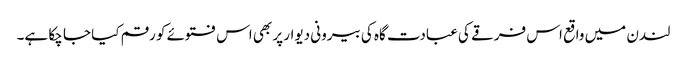
لندن میں واقع اس فرقے کی عبادت گاہ کی بیرونی دیوار پر بھی اس فتوئے کو رقم کیا جا چکا ہے۔